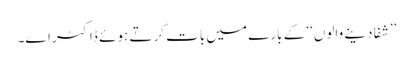
’’شفا دینے والوں‘‘ کے بارے میں بات کرتے ہوئے ڈاکٹر اے۔